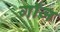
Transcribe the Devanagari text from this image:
गॉज